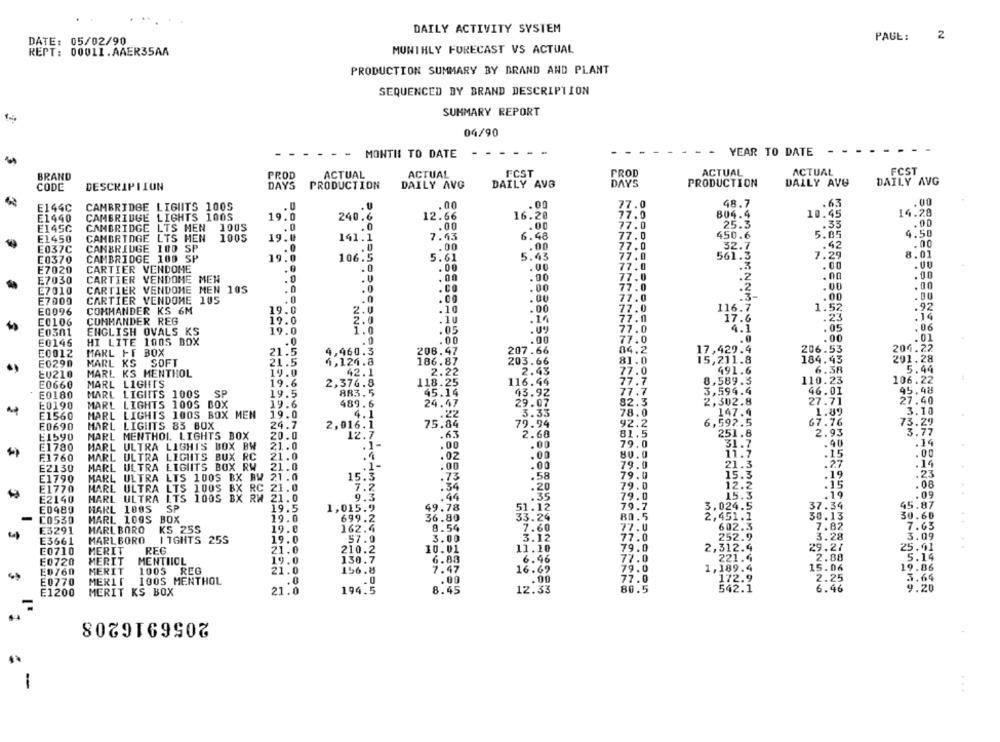
DAILY ACTIVITY SYSTEM
PAUL:
2
DATE: 05/02/90
REPT: 00011.AAER35AA
MONTHLY FORECAST VS ACTUAL
PRODUCTION SUMMARY BY DRAND AND PLANT
SEQUENCED BY BRAND DESCRIPTION
SUMMARY REPORT
04/90
- - -
MONTH TO DATE
- -
YEAR TO DATE
- -
ACTUAL
FCST
BRAND
PROD
ACTUAL
ACTUAL
FCST
PROD
ACTUAL
CODE
DAYS
PRODUCTION
DAILY AVG
DAILY AVG
DAYS
PRODUCTION
DALLY AVG
DAILY AVG
DESCRIPTION
E144C
CAMBRIDGE LIGHTS 100S
. U
.00
. 00
77.0
48.7
.63
.00
CAMBRIDGE LIGHTS 100S
12.66
16.20
77.0
804.4
10.45
14.28
E1440
19.0
240.6
E145C
CAMBRIDGE LTS MEN
100S
.0
.0
.00
.00
17
25.3
.33
E1450
CAMBRIDGE LTS MEN
1005
19.0
141.1
7.63
6.48
450.6
5.85
4.50
.42
.00
E037C
CAMBRIDGE 100 SP
.0
.. 0
.00
.00
32.7
E0370
CAMBRIDGE 100 SP
19.0
106.5
5.61
5.43
77
561.3
7.29
8.01
.0
.00
77
.00
E7020
CARTIER VENDOME
.0
.00
E7030
CARTIER VENDOME MEN
.. 0
.U
.00
.00
E7010
CARTIER VENDOME MEN 105
.0
.0
.CO
.00
77
.0
.2
.00
.00
7.0
.00
.00
E7000
CARTIER VENDOME 105
5.0
.0
.00
.92
E0096
COMMANDER KS 6M
19.0
2.0
.10
.00
77
.0
116.7
1.52
COMMANDER REG
19.0
.10
.14
77
.n
17.6
.23
.14
E0106
2.0
77
.05
,06
E0301
ENGLISH OVALS KS
19.0
.05
.0
4.1
E0146
HI LITE 100S BOX
.. 0
.00
.00
77
.00
01
206.53
204.22
£0012
MARL FT BOX
21.5
9,960.3
208.47
207.66
17,429.4
E0290
MARL KS SOFT
21.5
4,124.8
186.87
203.66
81
15,211.8
184.43
201.28
19.0
42.1
2.22
2.43
491.6
6.38
5.44
EU210
MARL KS MENTHOL
77
110.23
106.22
E0660
MARL LIGHTS
19.6
2,376.8
118.25
116.44
77
8,589.3
E0180
MARL LIGHTS 100S SP
19.5
883.5
45.14
43.92
77.
3,594.4
46.01
95.48
2,302.8
27.71
27.40
E0190
MARL LIGHTS 100S BOX
19.6
489.6
24.47
29.07
82.
E1560
MARL LIGHTS 100S BOX MEN
19.0
4.1
.22
3.33
78.0
147.4
1.89
3.10
24.7
2,016.1
75.84
79.94
92.2
6,592.5
67.76
73.29
E0690
MARL LIGHTS 83 BOX
E1590
MARL MENTHOL LIGHTS BOX
20.0
12.7
.6.
2.68
81.5
251.8
2.93
3.77
E1780
MARL ULTRA LIGHT'S BOX BW
21.0
.1-
.00
.00
79.0
31.7
14
.00
F.1760
MARL ULTRA LIGHTS BUX RC
21.0
.4
.00
80.0
11.7
.15
E2130
MARL ULTRA LIGIITS BOX RW
21.0
.1-
.00
.00
79.9
21.3
.27
.14
.58
79.0
15.3
.19
.23
E1790
MARL ULTRA LTS 100S BX BW 21.0
15.3
.73
E1770
MARL ULTRA LTS 100S BX RC 21.0
7.2
:34
.20
79.0
12.2
.08
E2140
MARL ULTRA LTS 100S BX RW 21.0
9.3
.44
.35
79.0
15.3
. 19
.09
79.7
45.87
E0480
MARL 100S SP
19.5
1,015.9
49.78
51.12
3.024.5
37.34
C0530
MARL 100S BOX
19.0
699.2
36.80
33.24
80.5
2,451.1
30.13
30.60
7.60
77.0
602.3
7.82
7.63
E3291
MARL BORO
KS 25S
19.0
162.4
E3661
MARLBORO
I TGHTS 25S
19.0
57.0
3.12
77.0
252.9
3.28
3.09
E0710
MERIT
REG
21.0
210.2
10.01
11.10
79.0
2,312.4
29.27
25.41
..
2.88
5.14
E0720
MERIT
MENTIIOL
19.0
130.7
6.85
6.46
77.0
221.4
ONION
E0760
MERIT
1005 REG
21.0
156.8
16.69
79.0
1,189.4
15.06
19.86
77.0
172.9
3.64
E0770
MERIT
100S MENTHOL
.0
. 0
.00
E1200
MERIT KS BOX
21.0
194.5
12.33
80.5
542.1
9.20
2056916208
-